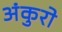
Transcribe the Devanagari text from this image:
अंकुरो